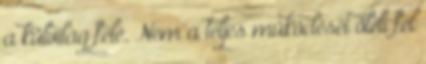
a külvilág felé. Nem a teljes működését öleli fel